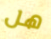
هل